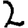
Digit: 2